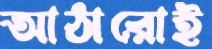
আঠারোই